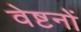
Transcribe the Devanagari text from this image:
वेष्टनों